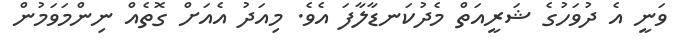
ވަނީ އެ ދުވަހުގެ ޝަރީއަތް މެދުކަނޑާލާފަ އެވެ. މިއަދު އެއަށް ގޮތެއް ނިންމަވަމުން